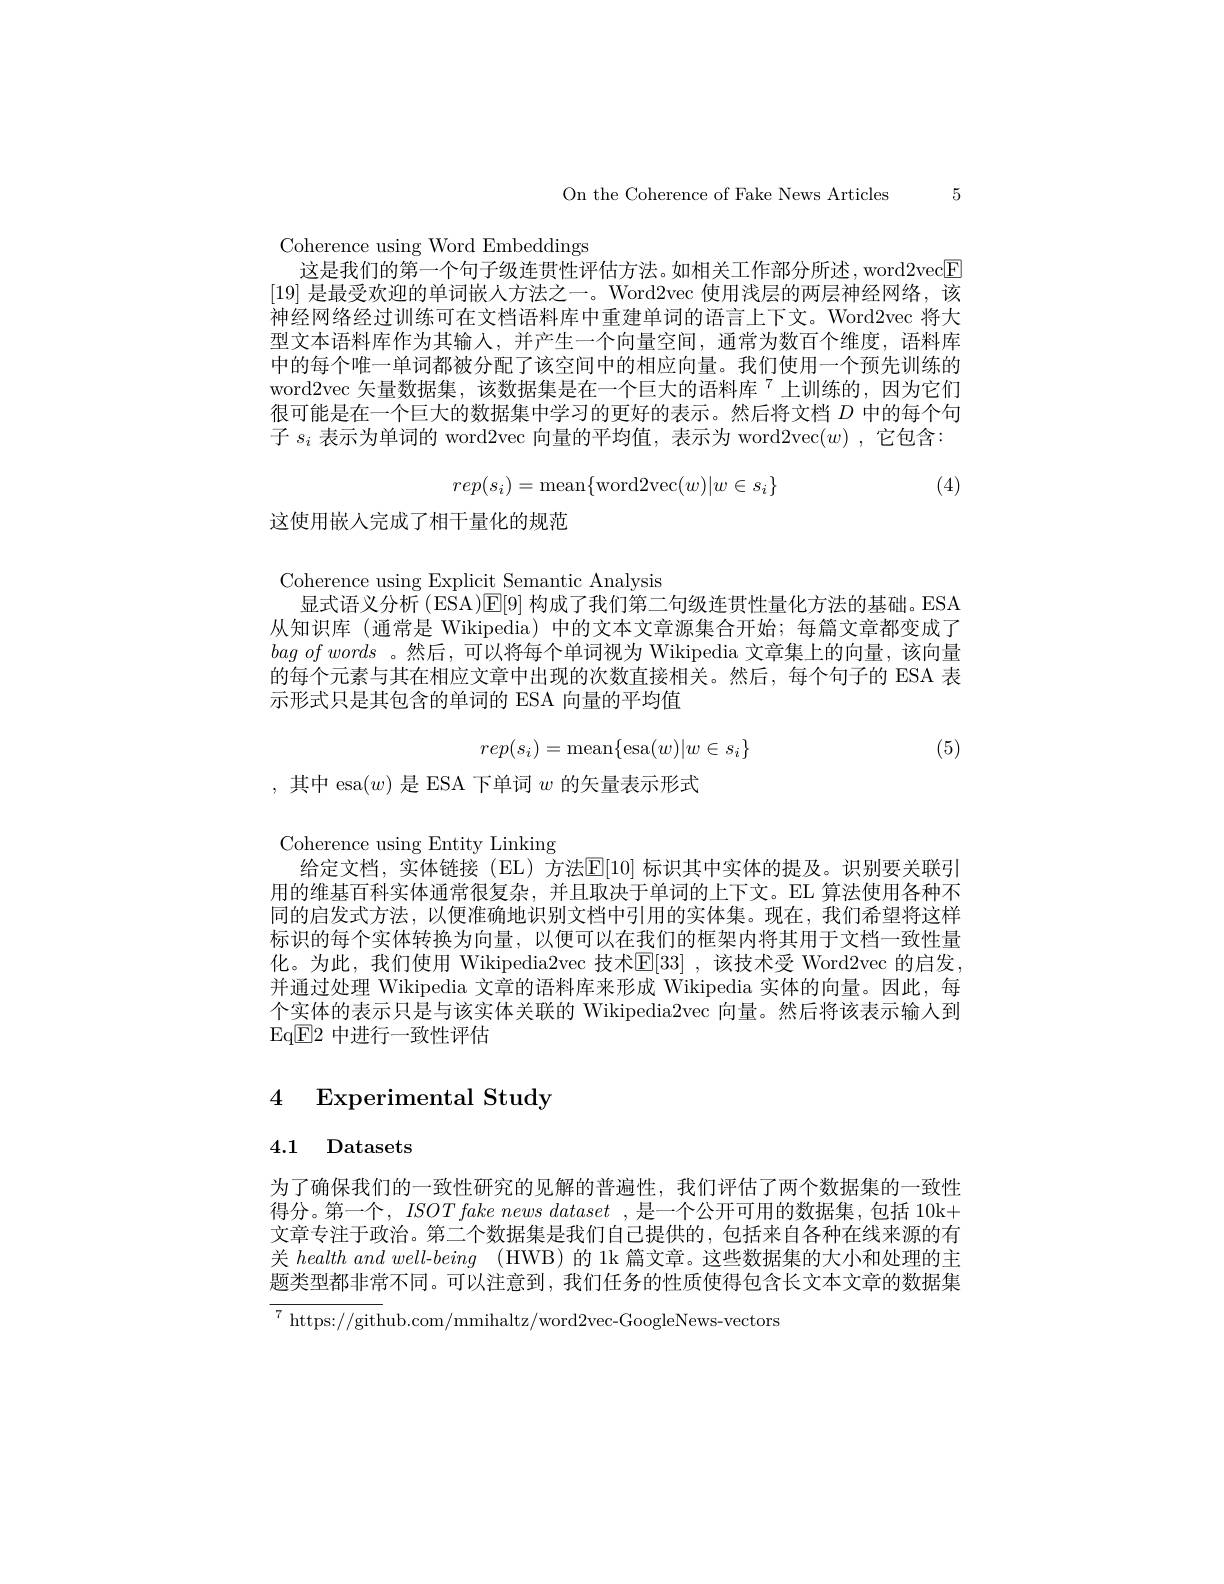
On the Coherence of Fake News Articles 5

Coherence using Word Embeddings
这是我们的第一个句子级连贯性评估方法。如相关工作部分所述，word2vec$\boxed{\mathrm{E}}$ [19]是最受欢迎的单词嵌人方法之一。Word2vec 使用浅层的两层神经网络，该神经网络经过训练可在文档语料库中重建单词的语言上下文。Word2vec 将大型文本语料库作为其输人，并产生一个向量空间，通常为数百个维度，语料库中的每个唯一单词都被分配了该空间中的相应向量。我们使用一个预先训练的word2vec 矢量数据集，该数据集是在一个巨大的语料库$^{7}$上训练的，因为它们很可能是在一个巨大的数据集中学习的更好的表示。然后将文档$D$中的每个句子$s_i$表示为单词的 word2vec 向量的平均值，表示为 word2vec$(w)$ ,它包含：
$$rep(s_i)=\mathrm{mean}\{\mathrm{word}2\mathrm{vec}(w)|w\in s_i\}$$
(4)

这使用嵌入完成了相干量化的规范

Coherence using Explicit Semantic Analysis
显式语义分析 (ESA)$\mathbb{E}[9]$构成了我们第二句级连贯性量化方法的基础。ESA 从知识库 (通常是 Wikipedia)中的文本文章源集合开始；每篇文章都变成了bagofwords 。然后，可以将每个单词视为 Wikipedia 文章集上的向量，该向量的每个元素与其在相应文章中出现的次数直接相关。然后，每个句子的 ESA 表示形式只是其包含的单词的 ESA 向量的平均值
$$rep(s_i)=\text{mean}\{\text{esa}(w)|w\in s_i\}$$
(5)

,其中 esa$(w)$是 ESA 下单词$w$的矢量表示形式

Coherence using Entity Linking
给定文档，实体链接(EL)方法$\mathbb{E}[10]$ 标识其中实体的提及。识别要关联引用的维基百科实体通常很复杂，并且取决于单词的上下文。EL 算法使用各种不同的启发式方法，以便准确地识别文档中引用的实体集。现在，我们希望将这样标识的每个实体转换为向量，以便可以在我们的框架内将其用于文档一致性量化。为此，我们使用 Wikipedia2vec 技术$\mathbb{E}[33]$ ,该技术受 Word2vec 的启发， 并通过处理 Wikipedia 文章的语料库来形成 Wikipedia 实体的向量。因此，每个实体的表示只是与该实体关联的 Wikipedia2vec 向量。然后将该表示输人到$\operatorname{Eq}\boxed{\mathrm{E}}2$中进行一致性评估

4 Experimental Study

4.1 Datasets

为了确保我们的一致性研究的见解的普遍性，我们评估了两个数据集的一致性得分。第一个，ISOT fake news dataset ,是一个公开可用的数据集，包括 10k+ 文章专注于政治。第二个数据集是我们自己提供的，包括来自各种在线来源的有关$health~and~well-being~($HWB)的 1k 篇文章。这些数据集的大小和处理的主题类型都非常不同。可以注意到，我们任务的性质使得包含长文本文章的数据集$^{7}$ https://github.com/mmihaltz/word2vec-GoogleNews-vectors